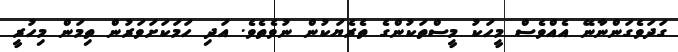
ގަދަވެގަންނާނޭ އެއްވެސް މީހަކު މީސްތަކުންގެ ތެރެޔަކުން ނުވެތެވެ. އަދި ހަމަކަށަވަރުން ތިމަން މިހުރީ